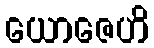
ယောဇေဟိ